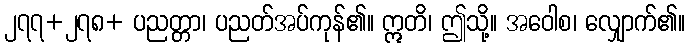
၂၇၇+၂၇၈+ ပညတ္တာ၊ ပညတ်အပ်ကုန်၏။ ဣတိ၊ ဤသို့။ အဝေါစ၊ လျှောက်၏။